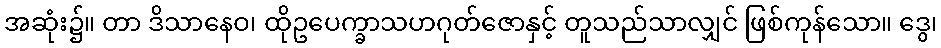
အဆုံး၌။ တာ ဒိသာနေဝ၊ ထိုဥပေက္ခာသဟဂုတ်ဇောနှင့် တူသည်သာလျှင် ဖြစ်ကုန်သော။ ဒွေ၊